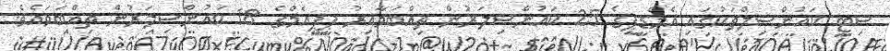
ސިޓީ ކައުންސިލްތަކުގައި އެމްޑީޕީގެ 25 ކައުންސިލަރުން ތިއްބަވާއިރު ޕީޕީއެމްގެ 18 ކައުންސިލަރުން ތިއްބަވައެވެ.